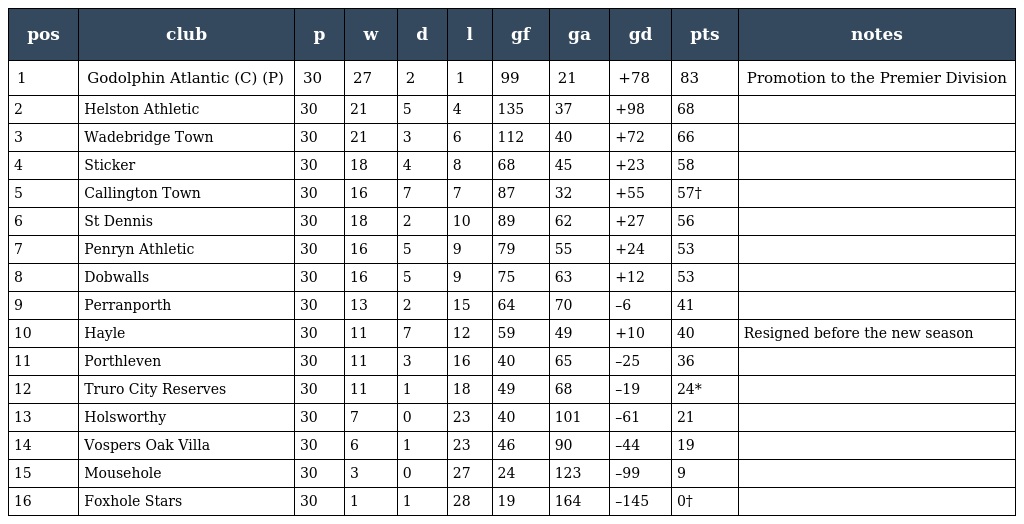
| pos | club | p | w | d | l | gf | ga | gd | pts | notes |
 | --- | --- | --- | --- | --- | --- | --- | --- | --- | --- | --- |
 | 1 | Godolphin Atlantic (C) (P) | 30 | 27 | 2 | 1 | 99 | 21 | +78 | 83 | Promotion to the Premier Division |
 | 2 | Helston Athletic | 30 | 21 | 5 | 4 | 135 | 37 | +98 | 68 |  |
 | 3 | Wadebridge Town | 30 | 21 | 3 | 6 | 112 | 40 | +72 | 66 |  |
 | 4 | Sticker | 30 | 18 | 4 | 8 | 68 | 45 | +23 | 58 |  |
 | 5 | Callington Town | 30 | 16 | 7 | 7 | 87 | 32 | +55 | 57† |  |
 | 6 | St Dennis | 30 | 18 | 2 | 10 | 89 | 62 | +27 | 56 |  |
 | 7 | Penryn Athletic | 30 | 16 | 5 | 9 | 79 | 55 | +24 | 53 |  |
 | 8 | Dobwalls | 30 | 16 | 5 | 9 | 75 | 63 | +12 | 53 |  |
 | 9 | Perranporth | 30 | 13 | 2 | 15 | 64 | 70 | –6 | 41 |  |
 | 10 | Hayle | 30 | 11 | 7 | 12 | 59 | 49 | +10 | 40 | Resigned before the new season |
 | 11 | Porthleven | 30 | 11 | 3 | 16 | 40 | 65 | –25 | 36 |  |
 | 12 | Truro City Reserves | 30 | 11 | 1 | 18 | 49 | 68 | –19 | 24* |  |
 | 13 | Holsworthy | 30 | 7 | 0 | 23 | 40 | 101 | –61 | 21 |  |
 | 14 | Vospers Oak Villa | 30 | 6 | 1 | 23 | 46 | 90 | –44 | 19 |  |
 | 15 | Mousehole | 30 | 3 | 0 | 27 | 24 | 123 | –99 | 9 |  |
 | 16 | Foxhole Stars | 30 | 1 | 1 | 28 | 19 | 164 | –145 | 0† |  |